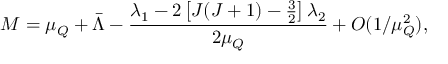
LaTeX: M = \mu _ { Q } + \bar { \Lambda } - \frac { \lambda _ { 1 } - 2 \left[ J ( J + 1 ) - \frac 3 2 \right] \lambda _ { 2 } } { 2 \mu _ { Q } } + O ( 1 / \mu _ { Q } ^ { 2 } ) ,